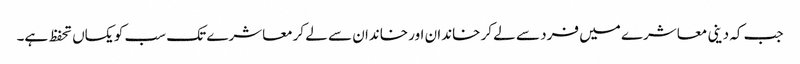
جب کہ دینی معاشرے میں فرد سے لے کر خاندان اور خاندان سے لے کرمعاشرے تک سب کو یکساں تحفظ ہے۔